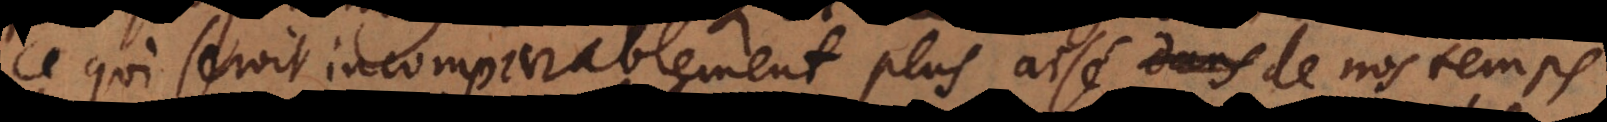
ce qui seroit incomparablement plus aisé de nos temps,